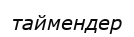
таймендер